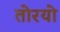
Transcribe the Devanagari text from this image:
तोरयो